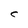
Character: C